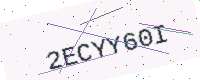
Text: 2ECYY60I